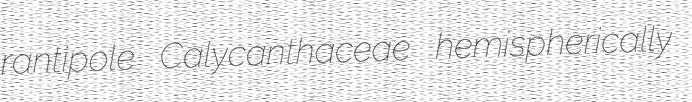
rantipole Calycanthaceae hemispherically